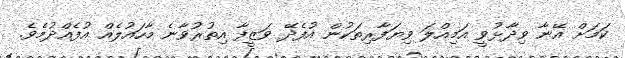
ކަމަށް އޭނާ ވިދާޅުވީ އަމިއްލަ ވިޔަފާރިތަކުން އުފެދޭ ވަޒީފާ އިތުރުވާނެ މާހައުލެއް އުފެއްދުމެވެ.